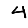
Digit: 4